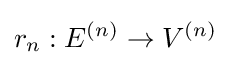
r_{n}:E^{(n)}\to V^{(n)}